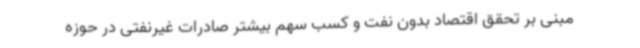
مبنی بر تحقق اقتصاد بدون نفت و کسب سهم بیشتر صادرات غیرنفتی در حوزه